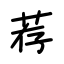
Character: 荐